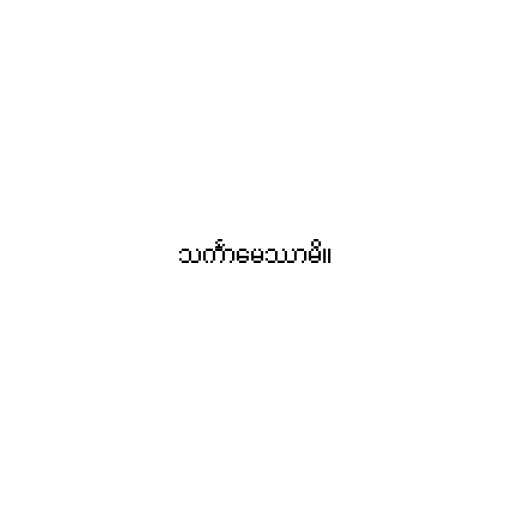
သင်္ကာမေဿာမိ။